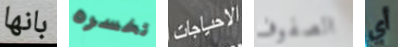
بانها تخسره الاحياجات الصفوف أي